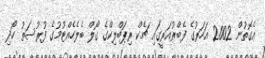
އެގޮތުން 2002 އަހަރުގެ ފެބްރުއަރީގައި ޗެކް ރިޕަބްލިކްގެ ގޯލް ބެލެހެއްޓުމުގެ ފުރުސަތު ހޯދި